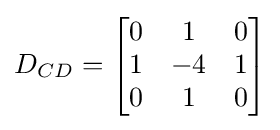
D_{CD}={\begin{bmatrix}0&1&0\\1&-4&1\\0&1&0\end{bmatrix}}